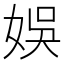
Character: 娛